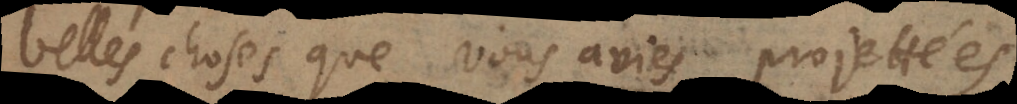
belles choses que vous avies projettées